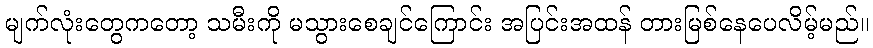
မျက်လုံးတွေကတော့ သမီးကို မသွားစေချင်ကြောင်း အပြင်းအထန် တားမြစ်နေပေလိမ့်မည်။